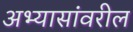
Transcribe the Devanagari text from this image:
अभ्यासांवरील